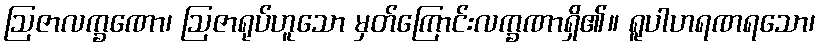
ဩဇာလက္ခဏော၊ ဩဇာရုပ်ဟူသော မှတ်ကြောင်းလက္ခဏာရှိ၏။ ရူပါဟရဏရသော၊